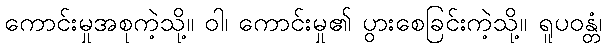
ကောင်းမှုအစုကဲ့သို့။ ဝါ၊ ကောင်းမှု၏ ပွားစေခြင်းကဲ့သို့။ ရူပဝန္တံ၊